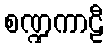
စဏ္ဍကာဠီ